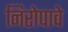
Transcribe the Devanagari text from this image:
निरोपावे